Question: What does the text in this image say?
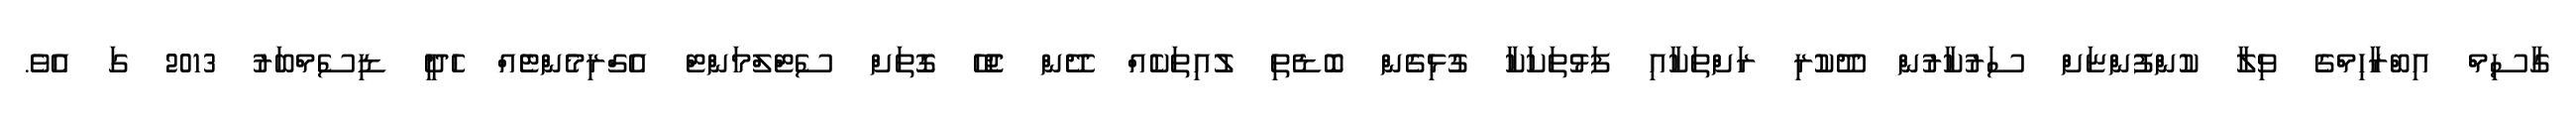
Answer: ގާސިމް އިބްރާހިމްގެ ވިލާ ކުންފުންޏަށް ސަރުކާރުން ދޫކުރި ރަށްތަކާއި ފަޅުތަކަކާ ގުޅިގެން ބޮޑެތި ލުއިތަކެއް ދޭން ޖެހޭ ގޮތަށް ސެޓްލްމަންޓް އެގްރިމެންޓެއް ހެދީ ޑިސެމްބަރު 2013 ގަ އެވެ.